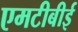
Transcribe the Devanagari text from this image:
एमटीबीई